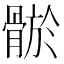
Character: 𩩦